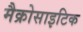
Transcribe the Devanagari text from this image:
मैक्रोसाइटिक